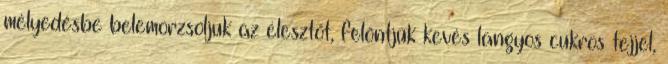
mélyedésbe belemorzsoljuk az élesztőt, felöntjük kevés langyos cukros tejjel,